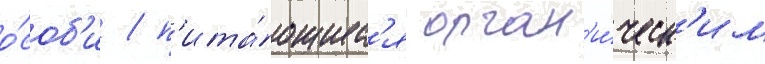
о́соб'и / п'ита́ющиес'я орган'и́ческ'им